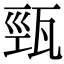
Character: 𤭓